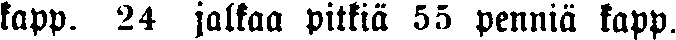
kapp. 24 jalkaa pitkiä 55 penniä kapp.